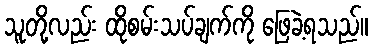
သူတို့လည်း ထိုစမ်းသပ်ချက်ကို ဖြေခဲ့ရသည်။